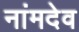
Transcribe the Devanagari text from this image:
नांमदेव